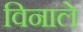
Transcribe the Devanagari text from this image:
विनाले